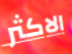
الاكثر